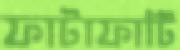
ফাটাফাটি